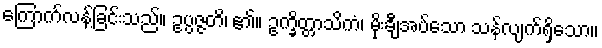
ကြောက်လန့်ခြင်းသည်။ ဥပ္ပဇ္ဇတိ၊ ၏။ ဥက္ခိတ္တာသိကံ၊ မိုးချီအပ်သော သန်လျက်ရှိသော။